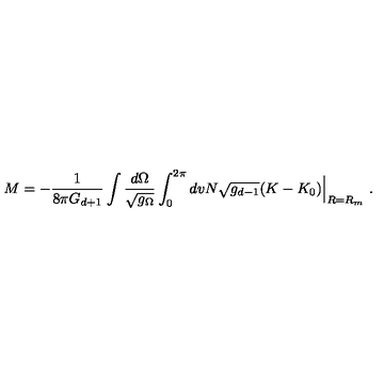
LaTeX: M = - \frac { 1 } { 8 \pi G _ { d + 1 } } \int \frac { d \Omega } { \sqrt { g _ { \Omega } } } \int _ { 0 } ^ { 2 \pi } d v N \sqrt { g _ { d - 1 } } ( K - K _ { 0 } ) \Big | _ { R = R _ { m } } \ .